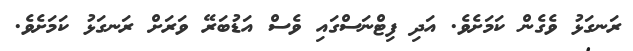
ރަނގަޅު ވެގެން ކަމަށެވެ. އަދި ފިޓްނަސްގައި ވެސް އަޑުބަރޭ ވަރަށް ރަނގަޅު ކަމަށެވެ.